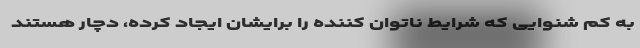
به کم شنوایی که شرایط ناتوان کننده را برایشان ایجاد کرده، دچار هستند